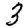
Digit: 3